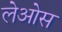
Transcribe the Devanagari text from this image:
लेओस